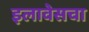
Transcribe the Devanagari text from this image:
इलावेसचा